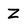
Character: Z